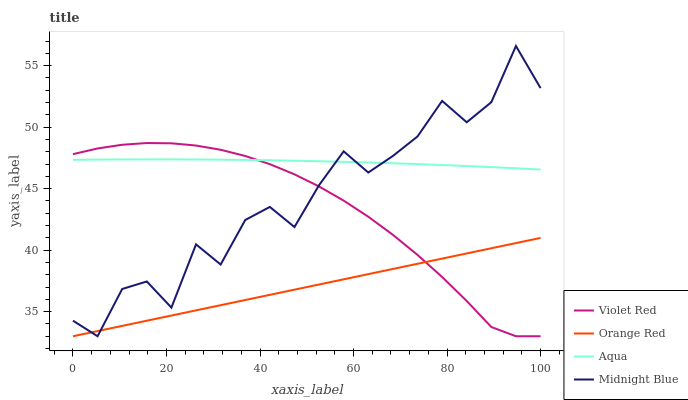
| xaxis_label | Violet Red | Orange Red | Aqua | Midnight Blue |
 | --- | --- | --- | --- | --- |
 | 0 | 47.8 | 33 | 47.3 | 34.3 |
 | 5.26 | 48.3 | 33.4 | 47.4 | 33 |
 | 10.5 | 48.6 | 33.8 | 47.4 | 36.8 |
 | 15.8 | 48.7 | 34.3 | 47.4 | 37.5 |
 | 21.1 | 48.7 | 34.7 | 47.4 | 35.3 |
 | 26.3 | 48.5 | 35.1 | 47.4 | 40.5 |
 | 31.6 | 48.2 | 35.5 | 47.4 | 38.8 |
 | 36.8 | 47.7 | 35.9 | 47.3 | 42.5 |
 | 42.1 | 47 | 36.4 | 47.3 | 43.5 |
 | 47.4 | 46.2 | 36.8 | 47.3 | 41.9 |
 | 52.6 | 45.2 | 37.2 | 47.2 | 45.3 |
 | 57.9 | 44 | 37.6 | 47.2 | 48 |
 | 63.2 | 42.7 | 38 | 47.1 | 46.3 |
 | 68.4 | 41.2 | 38.5 | 47.1 | 47.7 |
 | 73.7 | 39.6 | 38.9 | 47 | 49.2 |
 | 78.9 | 37.8 | 39.3 | 46.9 | 52.1 |
 | 84.2 | 35.9 | 39.7 | 46.8 | 50.4 |
 | 89.5 | 33.8 | 40.2 | 46.7 | 52 |
 | 94.7 | 33 | 40.6 | 46.7 | 56.6 |
 | 100 | 33 | 41 | 46.6 | 53.2 |